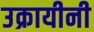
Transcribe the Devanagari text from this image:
उक्रायीनी